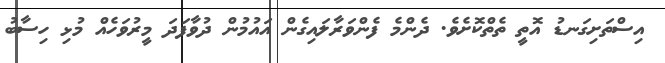
އިސްތަށިގަނޑު އޮތީ ތެތްކޮށެވެ. ދެންމެ ފެންވަރާލައިގެން އައުމުން ދުވާފަދަ މީރުވަހެއް މުޅި ހިސާބު